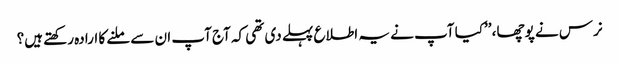
نرس نے پوچھا، ’’کیا آپ نے یہ اطلاع پہلے دی تھی کہ آج آپ ان سے ملنے کا ارادہ رکھتے ہیں؟